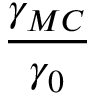
\frac { \gamma _ { M C } } { \gamma _ { 0 } }